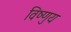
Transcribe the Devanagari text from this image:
विष्णुय